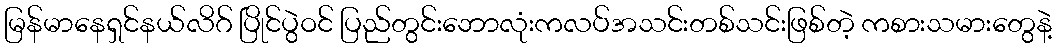
မြန်မာနေရှင်နယ်လိဂ် ပြိုင်ပွဲဝင် ပြည်တွင်းဘောလုံးကလပ်အသင်းတစ်သင်းဖြစ်တဲ့ ကစားသမားတွေနဲ့